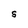
Character: S